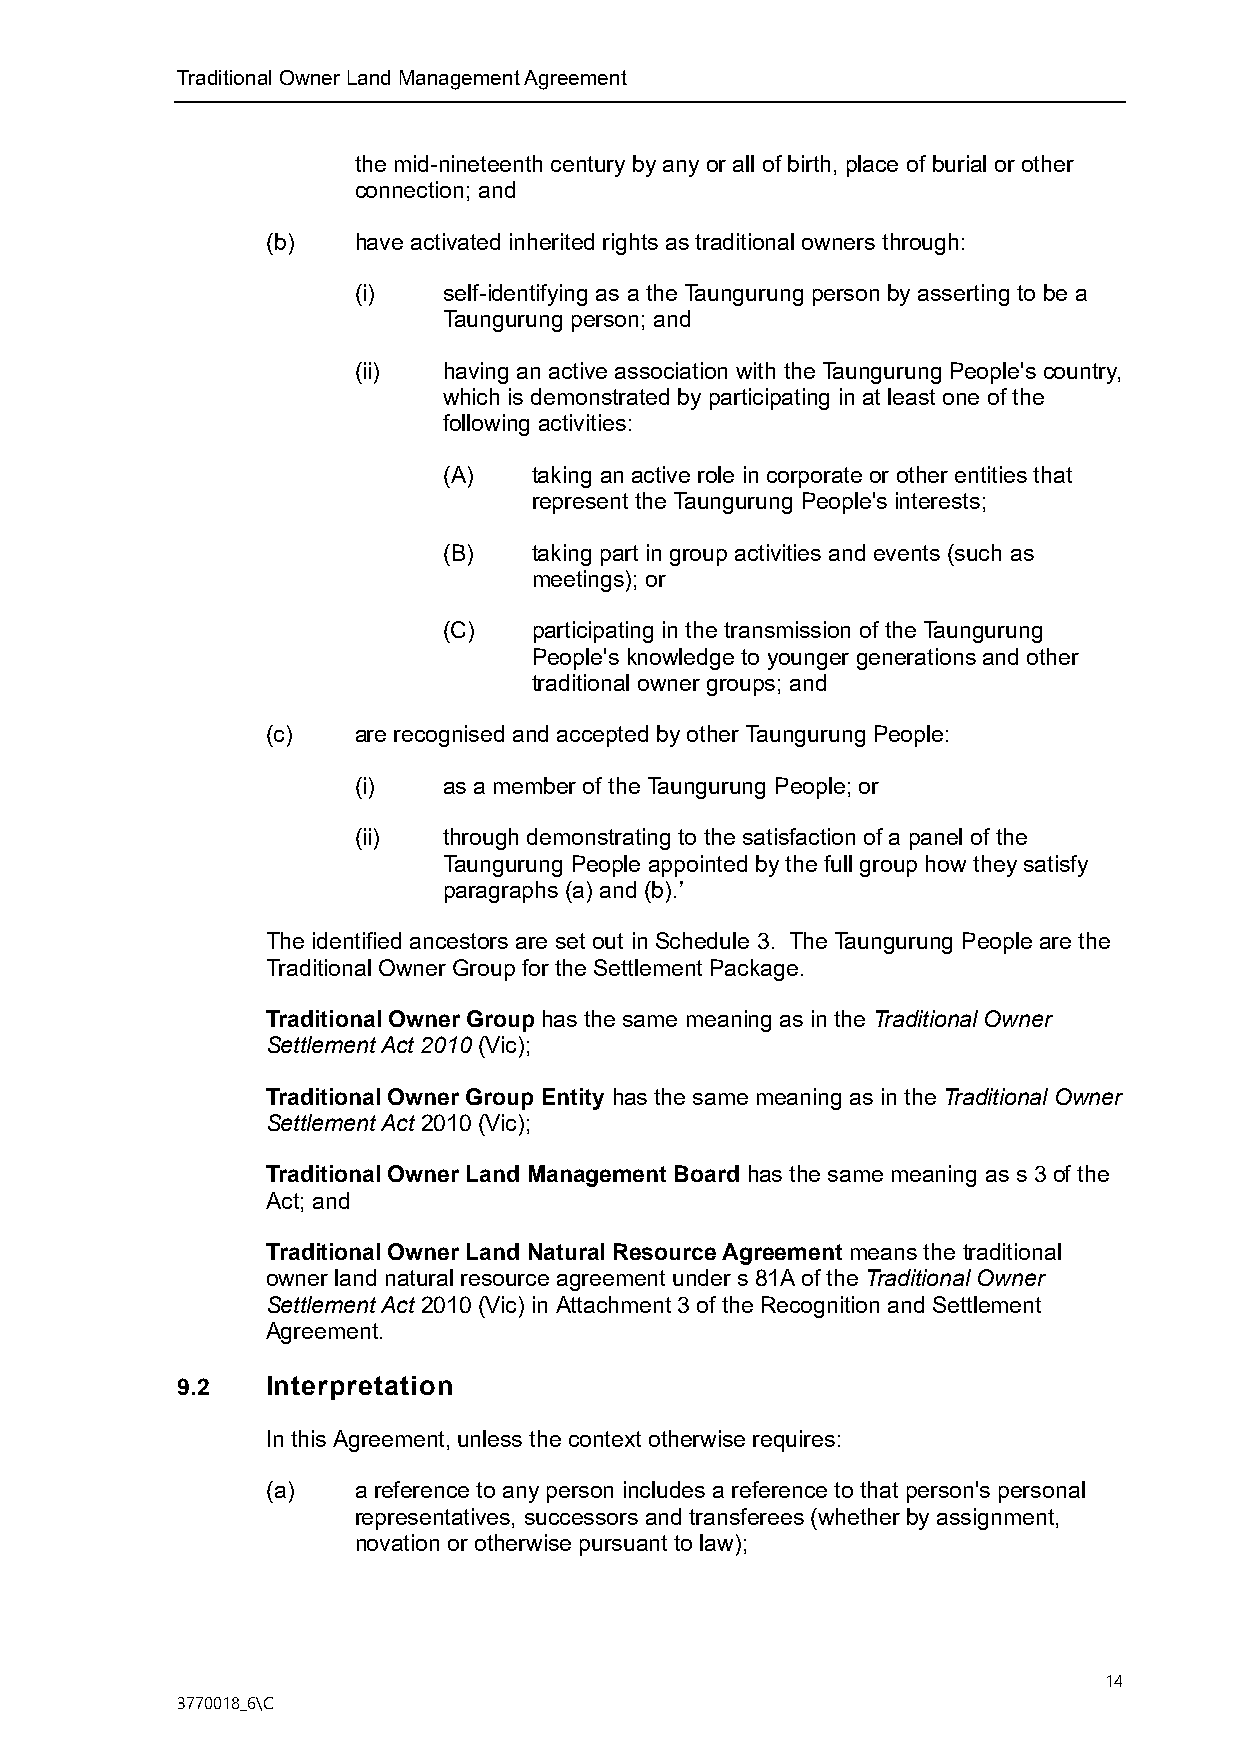
Traditional Owner Land Management Agreement
 the mid-nineteenth century by any or all of birth, place of burial or other
 connection; and
 (b)  have activated inherited rights as traditional owners through:
 (i)   self-identifying as a the Taungurung person by asserting to be a
 Taungurung person; and
 (ii)  having an active association with the Taungurung People's country,
 which is demonstrated by participating in at least one of the
 following activities:
 (A)   taking an active role in corporate or other entities that
 represent the Taungurung People's interests;
 (B)   taking part in group activities and events (such as
 meetings); or
 (C)   participating in the transmission of the Taungurung
 People's knowledge to younger generations and other
 traditional owner groups; and
 (c)  are recognised and accepted by other Taungurung People:
 (i)   as a member of the Taungurung People; or
 (ii)  through demonstrating to the satisfaction of a panel of the
 Taungurung People appointed by the full group how they satisfy
 paragraphs (a) and (b).’
 The identified ancestors are set out in Schedule 3. The Taungurung People are the
 Traditional Owner Group for the Settlement Package.
 Traditional Owner Group has the same meaning as in the Traditional Owner
 Settlement Act 2010 (Vic);
 Traditional Owner Group Entity has the same meaning as in the Traditional Owner
 Settlement Act 2010 (Vic);
 Traditional Owner Land Management Board has the same meaning as s 3 of the
 Act; and
 Traditional Owner Land Natural Resource Agreement means the traditional
 owner land natural resource agreement under s 81A of the Traditional Owner
 Settlement Act 2010 (Vic) in Attachment 3 of the Recognition and Settlement
 Agreement.
 9.2   Interpretation
 In this Agreement, unless the context otherwise requires:
 (a)  a reference to any person includes a reference to that person's personal
 representatives, successors and transferees (whether by assignment,
 novation or otherwise pursuant to law);
 14
 3770018_6\C